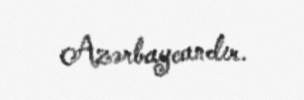
Azərbaycandır.